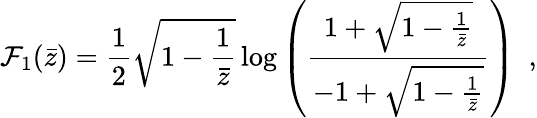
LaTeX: {\cal F}_{1}(\bar{z})=\frac{1}{2}\sqrt{1-\frac{1}{\bar{z}}}\log\left(\frac{1+\sqrt{1-\frac{1}{\bar{z}}}}{-1+\sqrt{1-\frac{1}{\bar{z}}}}\right)\, \, \, ,